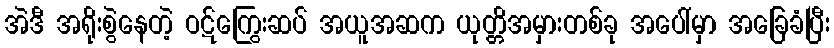
အဲဒီ အရိုးစွဲနေတဲ့ ဝဋ်ကြွေးဆပ် အယူအဆက ယုတ္တိအမှားတစ်ခု အပေါ်မှာ အခြေခံပြီး